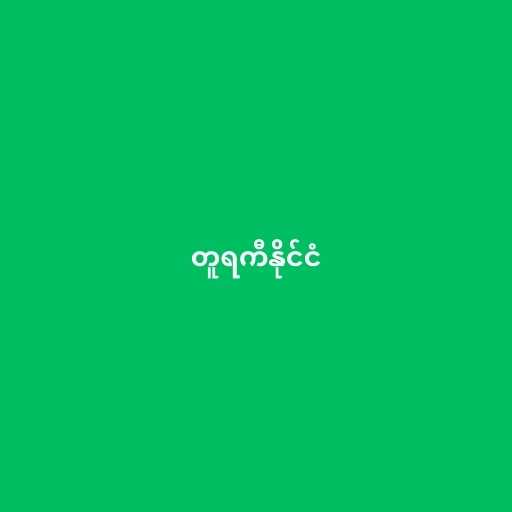
တူရကီနိုင်ငံ